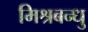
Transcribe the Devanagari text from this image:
मिश्रबन्धु